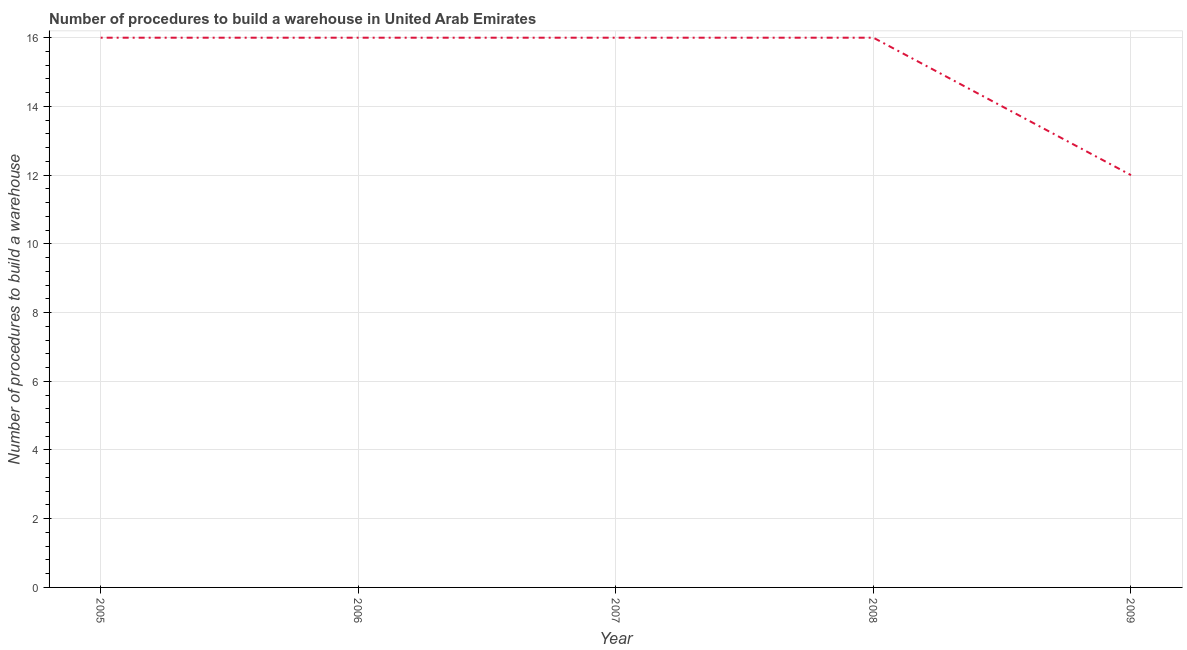
| Year | Build a warehouse |
 | --- | --- |
 | 2005 | 16 |
 | 2006 | 16 |
 | 2007 | 16 |
 | 2008 | 16 |
 | 2009 | 12 |